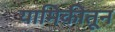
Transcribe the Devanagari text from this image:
यामिकीतून